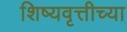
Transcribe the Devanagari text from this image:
शिष्यवृत्तीच्या